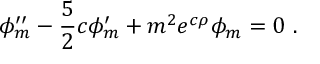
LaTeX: \phi _ { m } ^ { \prime \prime } - \frac { 5 } { 2 } c \phi _ { m } ^ { \prime } + m ^ { 2 } e ^ { c \rho } \phi _ { m } = 0 ~ .